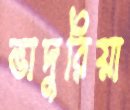
ভাদুরিয়া